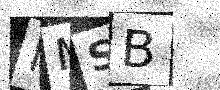
Text: MMSB